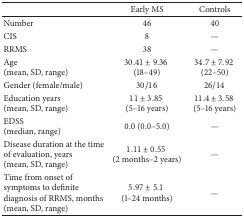
<table><thead><tr><td><b> </b></td><td><b>Early MS</b></td><td><b>Controls</b></td></tr></thead><tbody><tr><td>Number</td><td>46</td><td>40</td></tr><tr><td>CIS</td><td>8</td><td>—</td></tr><tr><td>RRMS</td><td>38</td><td>—</td></tr><tr><td>Age(mean, SD, range)</td><td>30.41 ± 9.36 (18–49)</td><td>34.7 ± 7.92 (22–50)</td></tr><tr><td>Gender (female/male)</td><td>30/16</td><td>26/14</td></tr><tr><td>Education years (mean, SD, range)</td><td>11 ± 3.85 (5–16 years)</td><td>11.4 ± 3.58 (5–16 years)</td></tr><tr><td>EDSS (median, range)</td><td>0.0 (0.0–5.0)</td><td>—</td></tr><tr><td>Disease duration at the time of evaluation, years(mean, SD, range)</td><td>1.11 ± 0.55 (2 months–2 years)</td><td>—</td></tr><tr><td>Time from onset of symptoms to definite diagnosis of RRMS, months (mean, SD, range)</td><td>5.97 ± 5.1 (1–24 months)</td><td>—</td></tr></tbody></table>